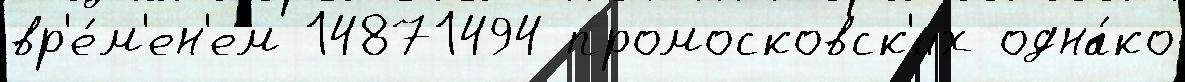
вр'е́м'ен'ем 14871494 промосковск'их одна́ко